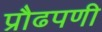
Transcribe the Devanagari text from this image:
प्रौढपणी